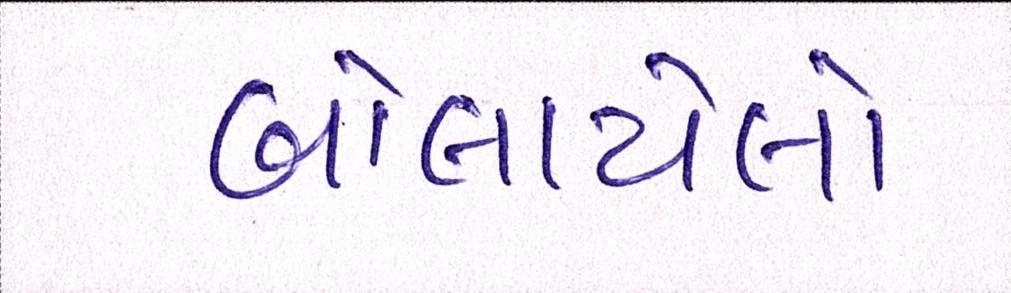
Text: બોલાયેલો